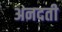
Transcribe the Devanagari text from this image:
अनदती